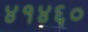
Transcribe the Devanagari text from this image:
४१४६०